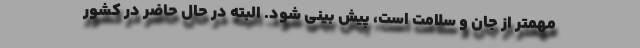
مهمتر از جان و سلامت است، پیش بینی شود. البته در حال حاضر در کشور